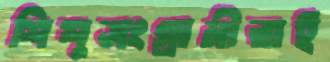
শিশুসংগ্রামীরাই